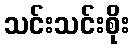
သင်းသင်းစိုး